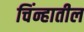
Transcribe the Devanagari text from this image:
चिंन्हातील